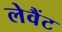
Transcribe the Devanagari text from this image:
लेवैंट